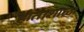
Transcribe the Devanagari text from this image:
होत।शाळा